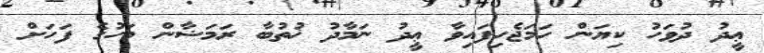
ޢީދު ދުވަހު ކިޔަން ހަމަޖެހިފައިވާ ޢީދު ނަމާދު ޚުތުބާ ރަމަޟާން މަހުގެ ފަހަށް